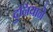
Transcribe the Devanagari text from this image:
दुनियाने